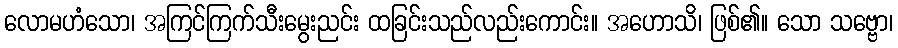
လောမဟံသော၊ အကြင်ကြက်သီးမွေးညင်း ထခြင်းသည်လည်းကောင်း။ အဟောသိ၊ ဖြစ်၏။ သော သဗ္ဗော၊